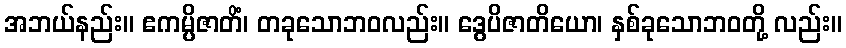
အဘယ်နည်း။ ဧကမ္ပိဇာတိံ၊ တခုသောဘဝလည်း။ ဒွေပိဇာတိယော၊ နှစ်ခုသောဘဝတို့ လည်း။